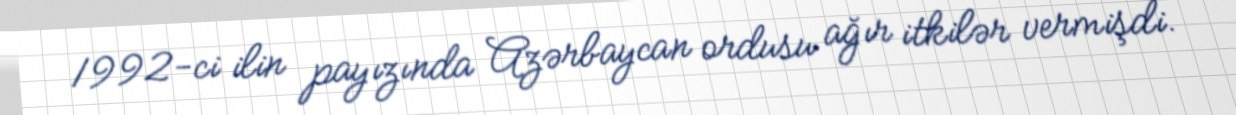
1992-ci ilin payızında Azərbaycan ordusu ağır itkilər vermişdi.